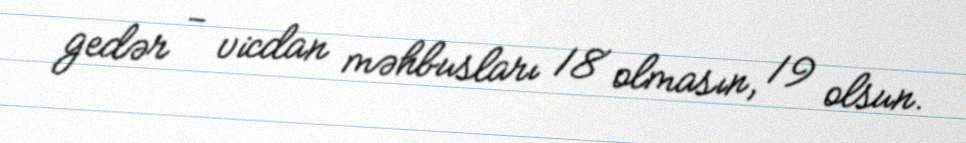
gedər - vicdan məhbusları 18 olmasın, 19 olsun.